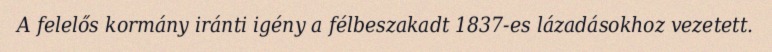
A felelős kormány iránti igény a félbeszakadt 1837-es lázadásokhoz vezetett.